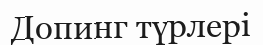
Допинг түрлері